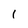
Character: 1